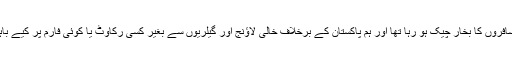
تھرمل اسکینر کے ذریعے مسافروں کا بخار چیک ہو رہا تھا اور ہم پاکستان کے برخلاف خالی لاؤنج اور گیلریوں سے بغیر کسی رکاوٹ یا کوئی فارم پُر کیے باہر نکلنے میں کامیاب ہوگئے۔